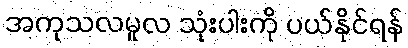
အကုသလမူလ သုံးပါးကို ပယ်နိုင်ရန်